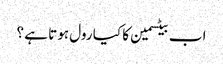
اب بیٹسمین کا کیا رول ہوتا ہے ؟